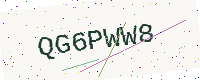
Text: QG6PWW8